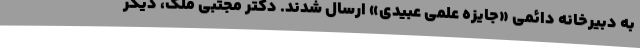
به دبیرخانه دائمی «جایزه علمی عبیدی» ارسال شدند. دکتر مجتبی ملک، دیگر